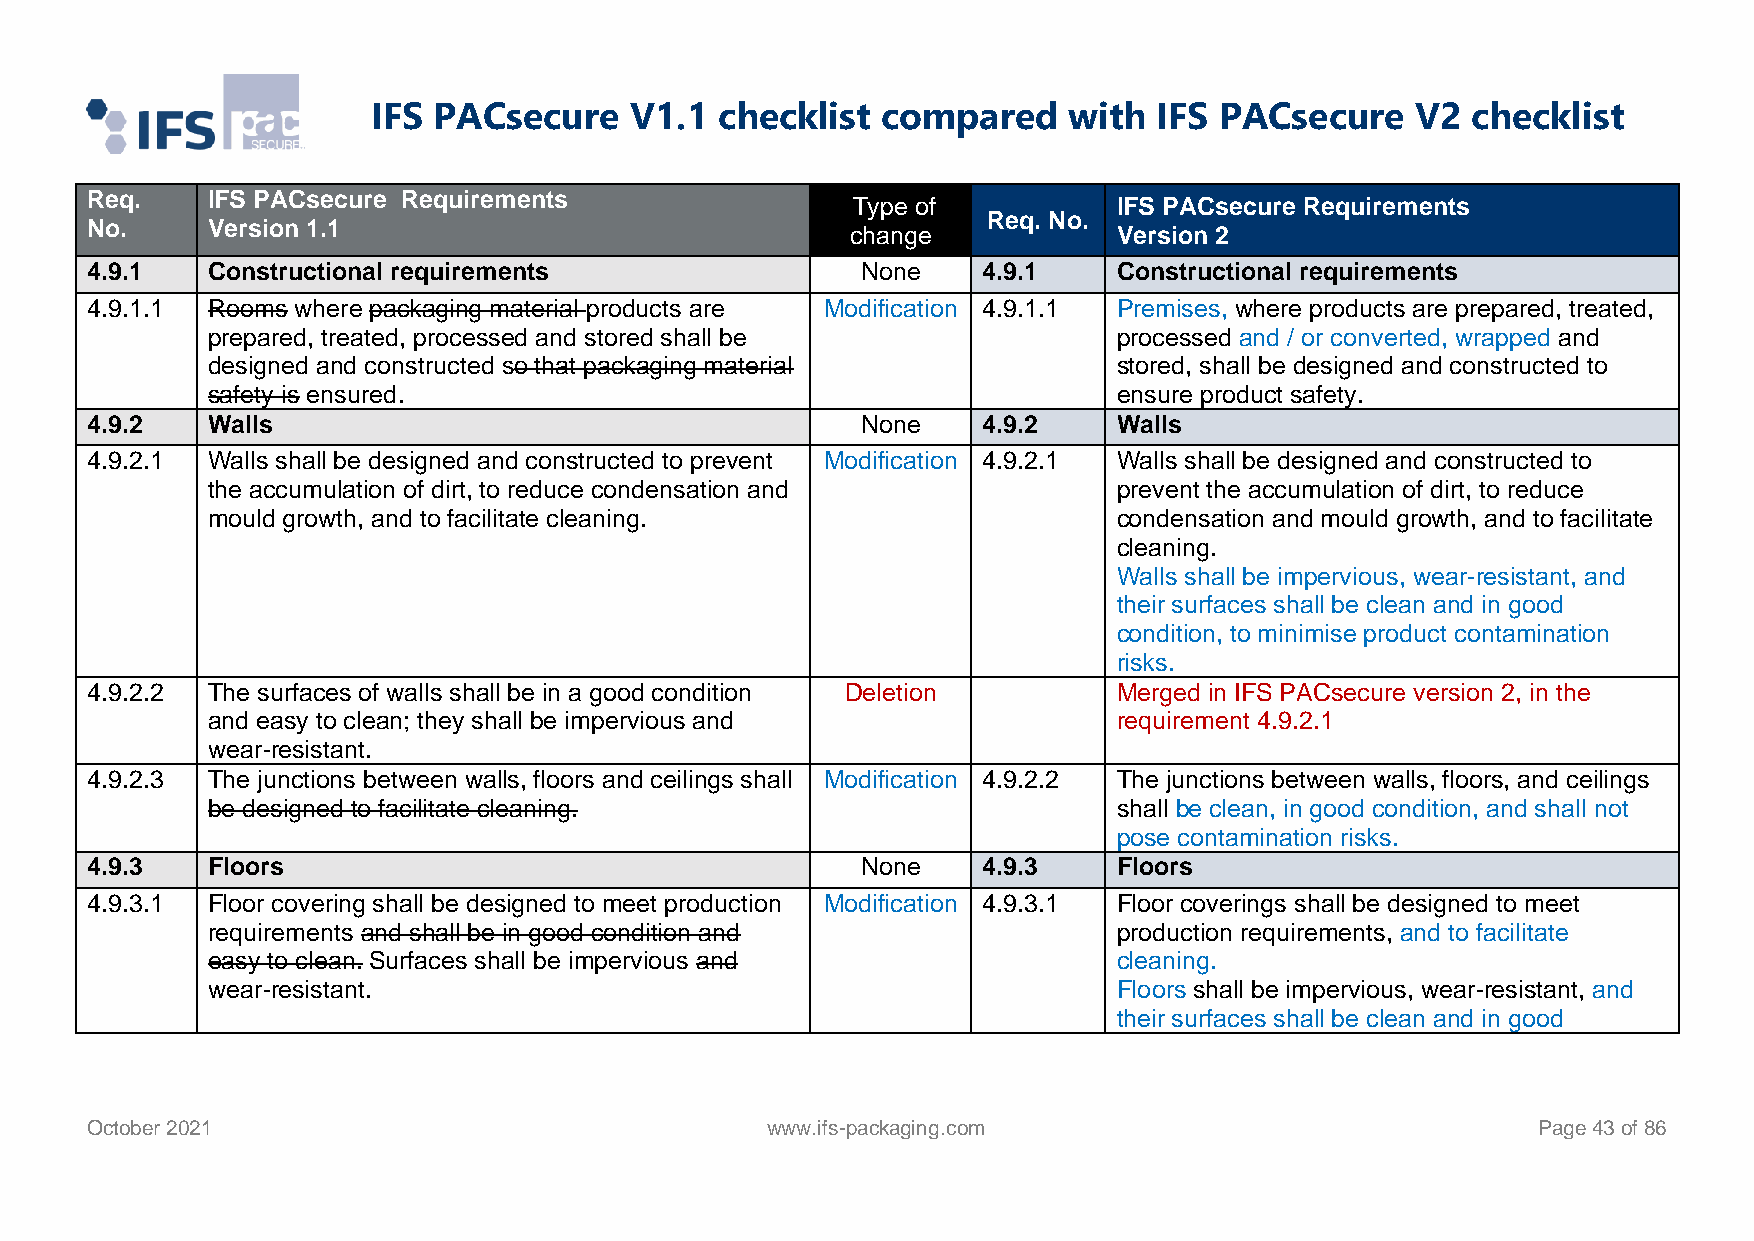
IFS PACsecure    V1.1  checklist compared     with  IFS PACsecure    V2 checklist
 Req.    IFS PACsecure Requirements
 Type of           IFS PACsecure Requirements
 Req. No.
 No.     Version 1.1                               change            Version 2
 4.9.1   Constructional requirements                None    4.9.1    Constructional requirements
 4.9.1.1 Rooms where packaging material products are Modification 4.9.1.1 Premises, where products are prepared, treated,
 prepared, treated, processed and stored shall be            processed and / or converted, wrapped and
 designed and constructed so that packaging material         stored, shall be designed and constructed to
 safety is ensured.                                          ensure product safety.
 4.9.2   Walls                                      None    4.9.2    Walls
 4.9.2.1 Walls shall be designed and constructed to prevent Modification 4.9.2.1 Walls shall be designed and constructed to
 the accumulation of dirt, to reduce condensation and        prevent the accumulation of dirt, to reduce
 mould growth, and to facilitate cleaning.                   condensation and mould growth, and to facilitate
 cleaning.
 Walls shall be impervious, wear-resistant, and
 their surfaces shall be clean and in good
 condition, to minimise product contamination
 risks.
 4.9.2.2 The surfaces of walls shall be in a good condition Deletion Merged in IFS PACsecure version 2, in the
 and easy to clean; they shall be impervious and             requirement 4.9.2.1
 wear-resistant.
 4.9.2.3 The junctions between walls, floors and ceilings shall Modification 4.9.2.2 The junctions between walls, floors, and ceilings
 be designed to facilitate cleaning.                         shall be clean, in good condition, and shall not
 pose contamination risks.
 4.9.3   Floors                                     None    4.9.3    Floors
 4.9.3.1 Floor covering shall be designed to meet production Modification 4.9.3.1 Floor coverings shall be designed to meet
 requirements and shall be in good condition and             production requirements, and to facilitate
 easy to clean. Surfaces shall be impervious and             cleaning.
 wear-resistant.                                             Floors shall be impervious, wear-resistant, and
 their surfaces shall be clean and in good
 October 2021                                 www.ifs-packaging.com                              Page 43 of 86